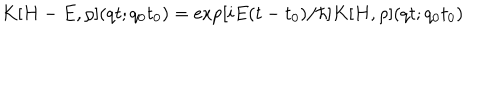
LaTeX: K [ H - E , \rho ] ( q t ; q _ { 0 } t _ { 0 } ) = \exp [ i E ( t - t _ { 0 } ) / \hbar ] K [ H , \rho ] ( q t ; q _ { 0 } t _ { 0 } )